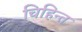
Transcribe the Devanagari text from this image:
चिहिन्त